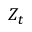
Z _ { t }